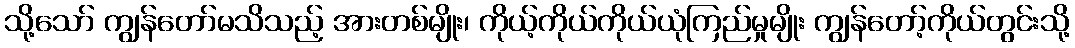
သို့သော် ကျွန်တော်မသိသည့် အားတစ်မျိုး၊ ကိုယ့်ကိုယ်ကိုယ်ယုံကြည်မှုမျိုး ကျွန်တော့်ကိုယ်တွင်းသို့